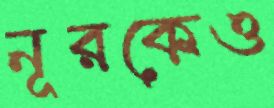
নূরকেও